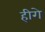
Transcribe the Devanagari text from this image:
हीगे